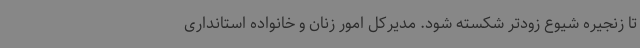
تا زنجیره شیوع زودتر شکسته شود. مدیرکل امور زنان و خانواده استانداری